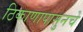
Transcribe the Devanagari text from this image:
ठिकाणापासुनचे